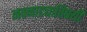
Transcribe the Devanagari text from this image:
नवनाट्याविषयी